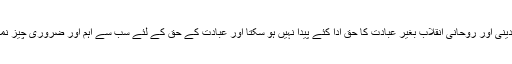
اور یہ دینی اور روحانی انقلاب بغیر عبادت کا حق ادا کئے پیدا نہیں ہو سکتا اور عبادت کے حق کے لئے سب سے اہم اور ضروری چیز نماز ہے۔